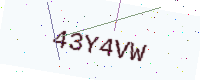
Text: 43Y4VW